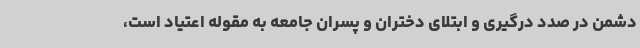
دشمن در صدد درگیری و ابتلای دختران و پسران جامعه به مقوله اعتیاد است،